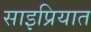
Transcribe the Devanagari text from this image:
साइप्रियात